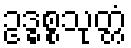
ဥဒ္ဓစ္စသုတ္တံ